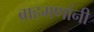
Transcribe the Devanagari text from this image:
ब्राहमणांनी